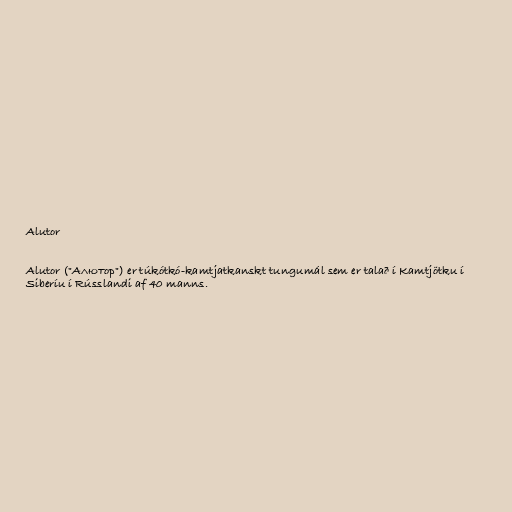
Alutor

Alutor ("Алютор") er túkótkó-kamtjatkanskt tungumál sem er talað í Kamtjötku í
Siberíu í Rússlandi af 40 manns.